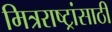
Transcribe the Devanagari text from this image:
मित्रराष्ट्रांसाठी